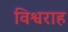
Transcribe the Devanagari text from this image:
विश्वराह